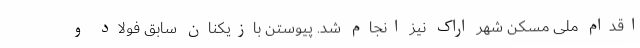
اقدام ملی مسکن شهر اراک نیز انجام شد. پیوستن بازیکنان سابق فولاد و